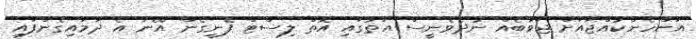
އަންހެންކުއްޖާއަށް ޖަވާބެއް ނުދެވެނީސް އަތުގައި އޮތް ލިސްޓް ފެނިގެން އޭނާ އެ ދަމައިގެންފައި